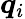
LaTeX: \boldsymbol{q}_{i}